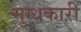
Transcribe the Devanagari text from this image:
मुग्धकारी